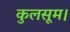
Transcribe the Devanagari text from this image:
कुलसूम।